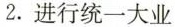
2.进行统一大业